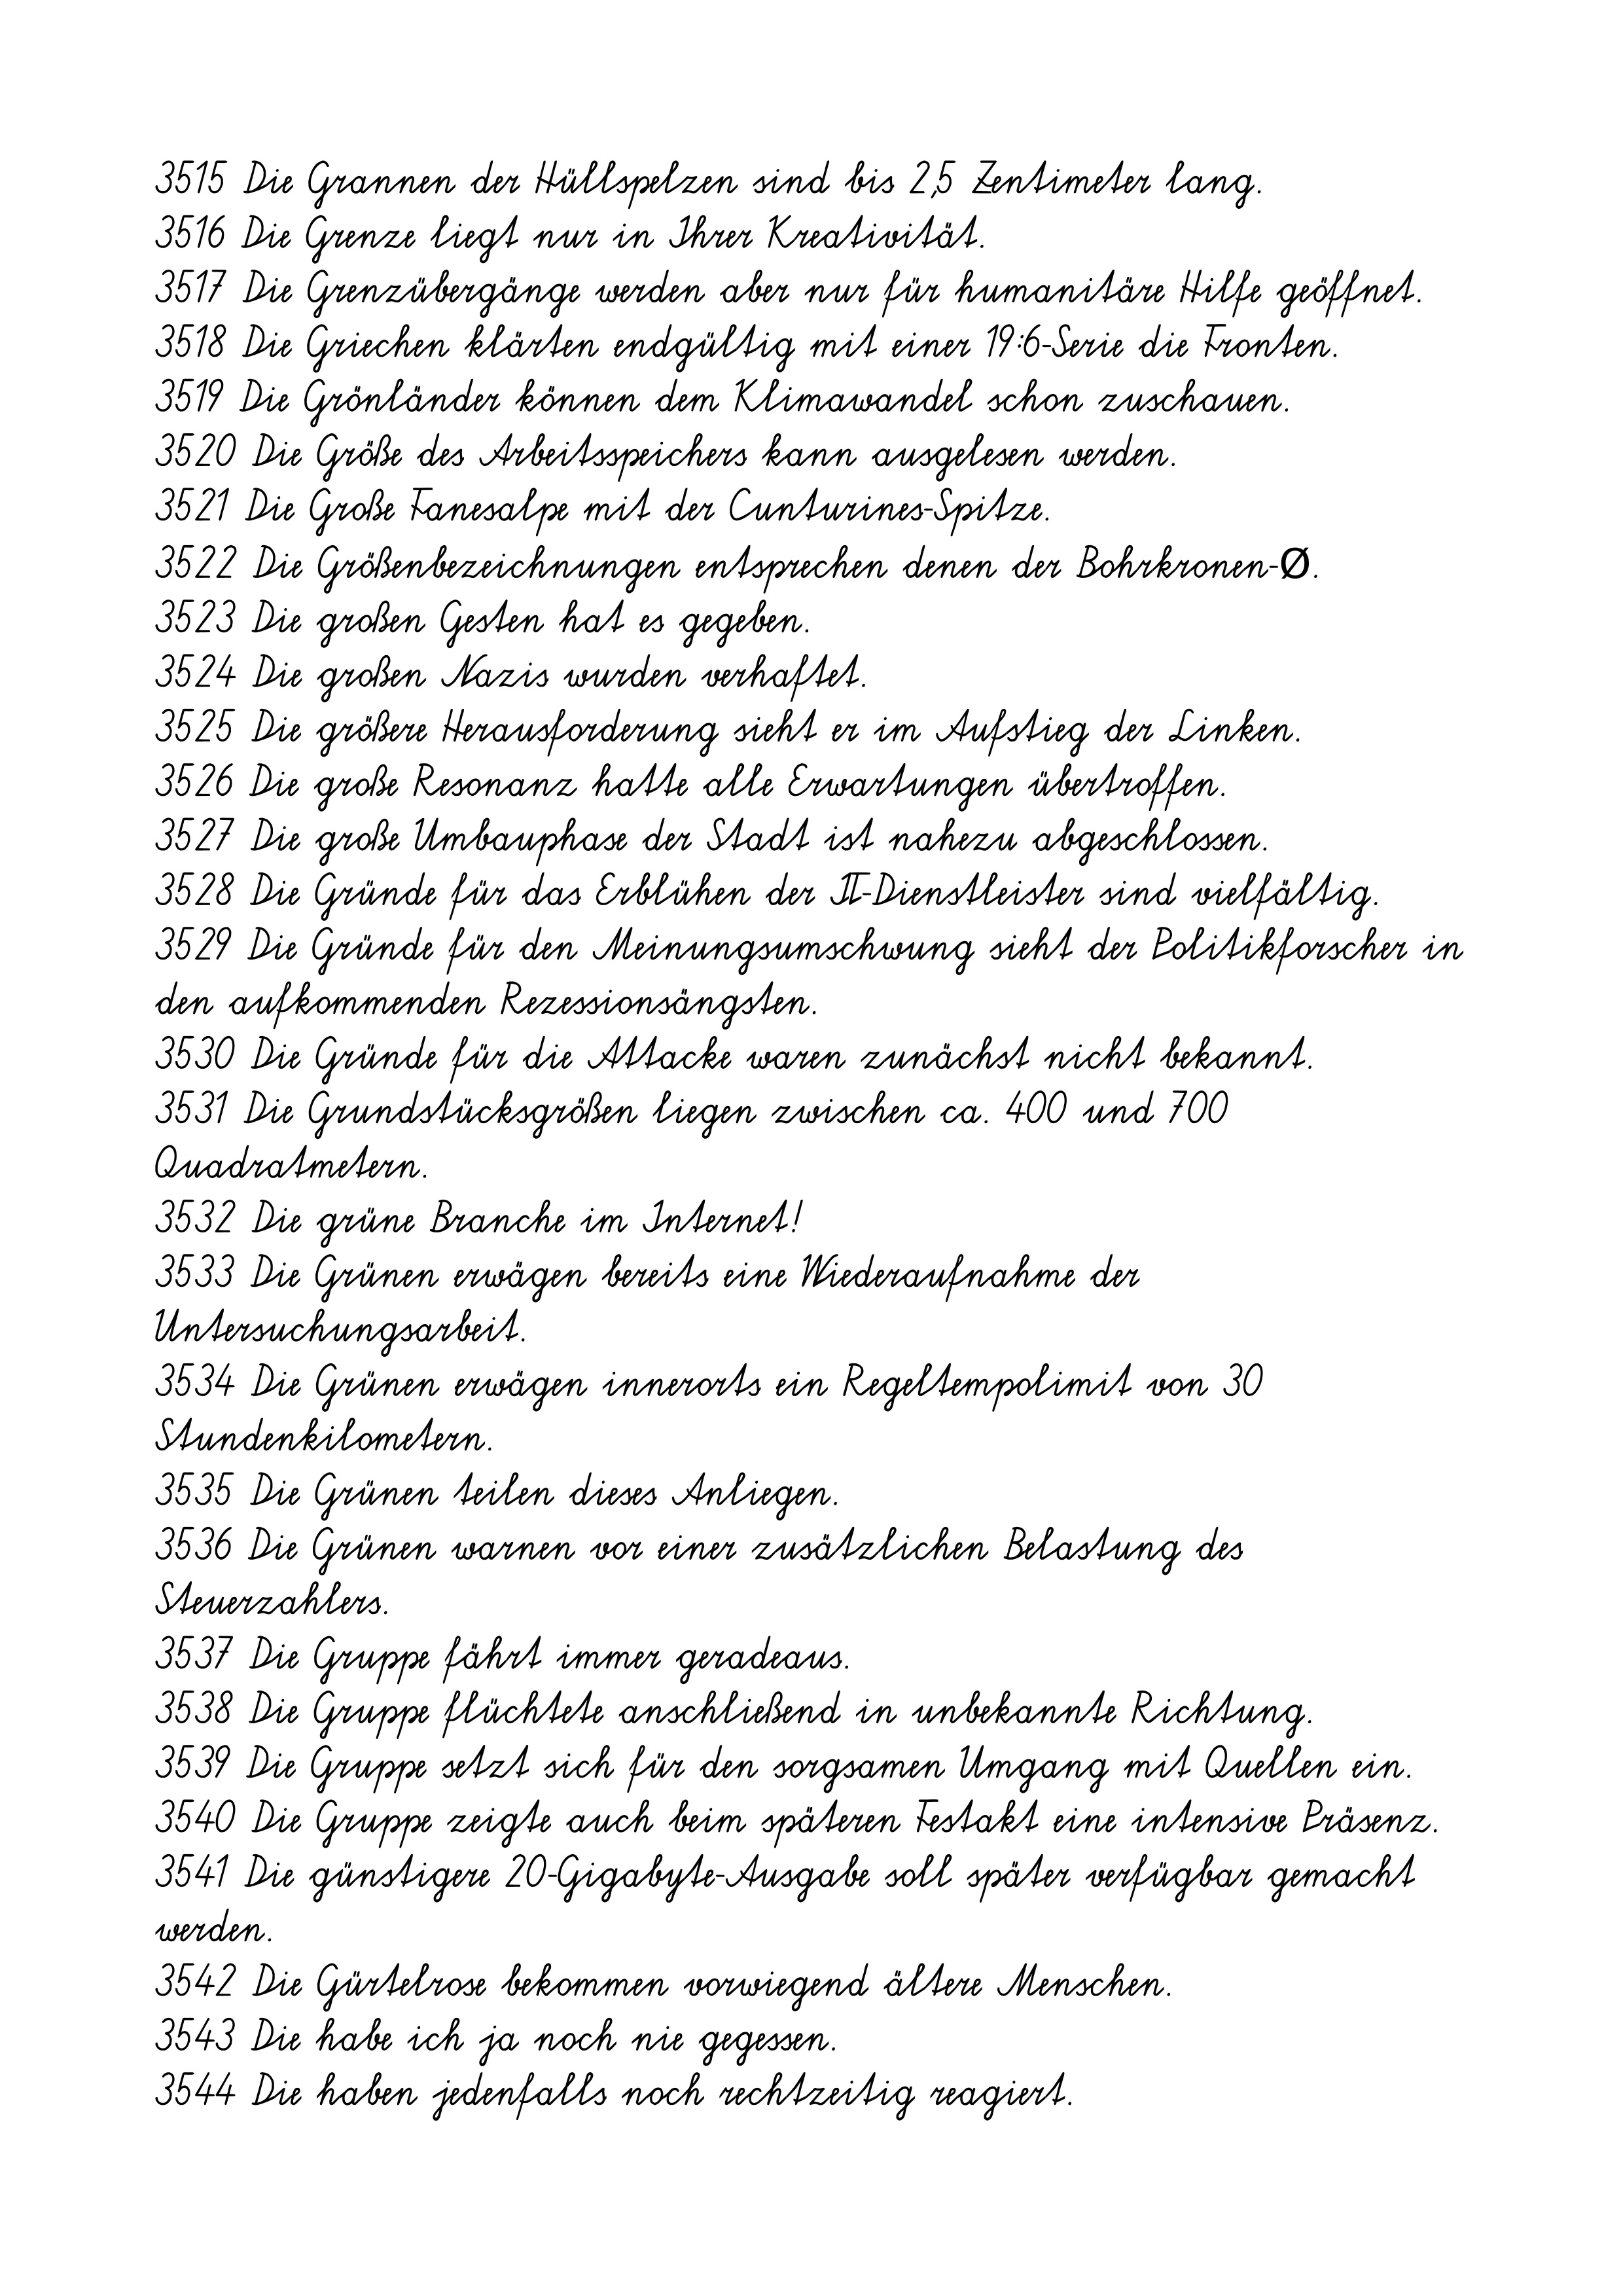
3515 Die Grannen der Hüllspelzen sind bis 2,5 Zentimeter lang.
3516 Die Grenze liegt nur in Ihrer Kreativität.
3517 Die Grenzübergänge werden aber nur für humanitäre Hilfe geöffnet.
3518 Die Griechen klärten endgültig mit einer 19:6-Serie die Fronten.
3519 Die Grönländer können dem Klimawandel schon zuschauen.
3520 Die Größe des Arbeitsspeichers kann ausgelesen werden.
3521 Die Große Fanesalpe mit der Cunturines-Spitze.
3522 Die Größenbezeichnungen entsprechen denen der Bohrkronen-Ø.
3523 Die großen Gesten hat es gegeben.
3524 Die großen Nazis wurden verhaftet.
3525 Die größere Herausforderung sieht er im Aufstieg der Linken.
3526 Die große Resonanz hatte alle Erwartungen übertroffen.
3527 Die große Umbauphase der Stadt ist nahezu abgeschlossen.
3528 Die Gründe für das Erblühen der IT-Dienstleister sind vielfältig.
3529 Die Gründe für den Meinungsumschwung sieht der Politikforscher in
den aufkommenden Rezessionsängsten.
3530 Die Gründe für die Attacke waren zunächst nicht bekannt.
3531 Die Grundstücksgrößen liegen zwischen ca. 400 und 700
Quadratmetern.
3532 Die grüne Branche im Internet!
3533 Die Grünen erwägen bereits eine Wiederaufnahme der
Untersuchungsarbeit.
3534 Die Grünen erwägen innerorts ein Regeltempolimit von 30
Stundenkilometern.
3535 Die Grünen teilen dieses Anliegen.
3536 Die Grünen warnen vor einer zusätzlichen Belastung des
Steuerzahlers.
3537 Die Gruppe fährt immer geradeaus.
3538 Die Gruppe flüchtete anschließend in unbekannte Richtung.
3539 Die Gruppe setzt sich für den sorgsamen Umgang mit Quellen ein.
3540 Die Gruppe zeigte auch beim späteren Festakt eine intensive Präsenz.
3541 Die günstigere 20-Gigabyte-Ausgabe soll später verfügbar gemacht
werden.
3542 Die Gürtelrose bekommen vorwiegend ältere Menschen.
3543 Die habe ich ja noch nie gegessen.
3544 Die haben jedenfalls noch rechtzeitig reagiert.